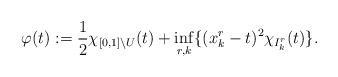
LaTeX: \begin{align*}\varphi(t):=\frac{1}{2}\chi_{[0,1]\backslash U}(t)+\inf_{r,k}\{(x_k^r-t)^2\chi_{I_k^r}(t)\}.\end{align*}